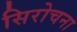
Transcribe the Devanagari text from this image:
सिरोचना